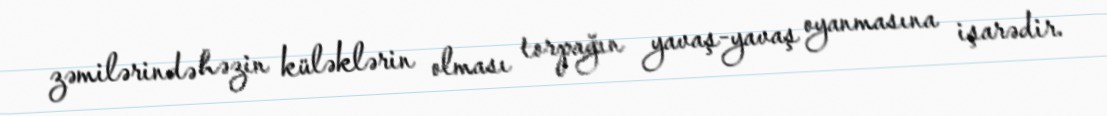
zəmilərində həzin küləklərin olması torpağın yavaş-yavaş oyanmasına işarədir.